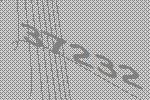
37232